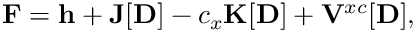
\ensuremath \mathbf { F } = \ensuremath \mathbf { h } + \ensuremath \mathbf { J } [ \ensuremath \mathbf { D } ] - c _ { x } \ensuremath \mathbf { K } [ \ensuremath \mathbf { D } ] + \ensuremath \mathbf { V } ^ { x c } [ \ensuremath \mathbf { D } ] ,